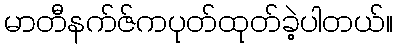
မာတီနက်ဇ်ကပုတ်ထုတ်ခဲ့ပါတယ်။